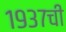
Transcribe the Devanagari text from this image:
१९३७ची